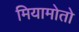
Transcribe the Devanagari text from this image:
मियामोतो